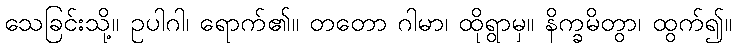
သေခြင်းသို့။ ဥပါဂါ၊ ရောက်၏။ တတော ဂါမာ၊ ထိုရွာမှ။ နိက္ခမိတွာ၊ ထွက်၍။